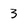
Character: 3